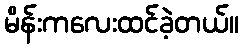
မိန်းကလေးထင်ခဲ့တယ်။